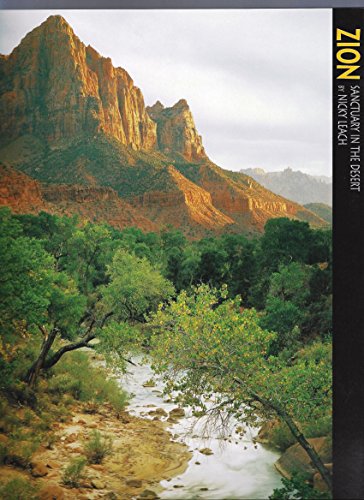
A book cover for Zion National Park: Sanctuary in the Desert (A 10x13 BookÂ©); Nicky Leach; Travel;